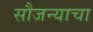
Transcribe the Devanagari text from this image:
सौजन्याचा